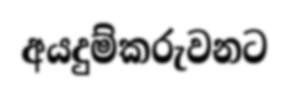
අයදුම්කරුවනට